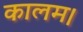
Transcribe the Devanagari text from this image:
कालम।